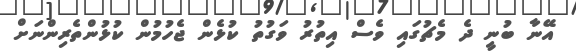
އޭނާ ބުނީ ދެ މެޗުގައި ވެސް އިތުރު ވަގުތު ކުޅެން ޖެހުމުން ކުޅުންތެރިންނަށް